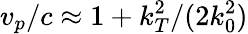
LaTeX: v_{p}/c\approx 1+k_{T}^{2}/(2k_{0}^{2})